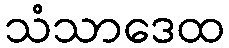
သံသာဒေထ